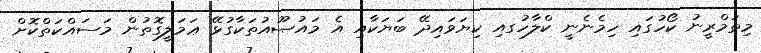
މިތަމްރީނު ކޯހުގައި ހިމެނެނީ ކްލާހުގއި ކިޔަވައިދޭ ބަޔަކާއި އެ މައުޞޫއުތަކާގުޅޭ ޢަމަލީގޮތުން މަސައްކަތްކޮށް